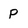
Character: P